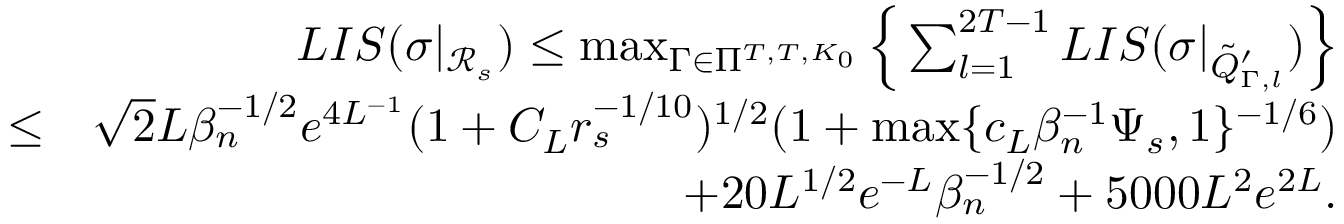
\begin{array} { r l r } & { } & { L I S ( \sigma | _ { \mathcal { R } _ { s } } ) \leq \operatorname* { m a x } _ { \Gamma \in \Pi ^ { T , T , K _ { 0 } } } \Big \{ \sum _ { l = 1 } ^ { 2 T - 1 } L I S ( \sigma | _ { \tilde { Q } _ { \Gamma , l } ^ { \prime } } ) \Big \} } \\ & { \leq } & { \sqrt { 2 } L \beta _ { n } ^ { - 1 \slash 2 } e ^ { 4 L ^ { - 1 } } ( 1 + C _ { L } r _ { s } ^ { - 1 \slash 1 0 } ) ^ { 1 \slash 2 } ( 1 + \operatorname* { m a x } \{ c _ { L } \beta _ { n } ^ { - 1 } \Psi _ { s } , 1 \} ^ { - 1 \slash 6 } ) } \\ & { } & { + 2 0 L ^ { 1 \slash 2 } e ^ { - L } \beta _ { n } ^ { - 1 \slash 2 } + 5 0 0 0 L ^ { 2 } e ^ { 2 L } . } \end{array}